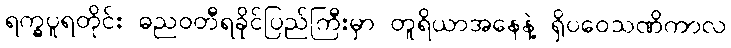
ရက္ခပူရတိုင်း ဓညဝတီရခိုင်ပြည်ကြီးမှာ တူရိယာအနေနဲ့ ရှိပဝေသဏိကာလ